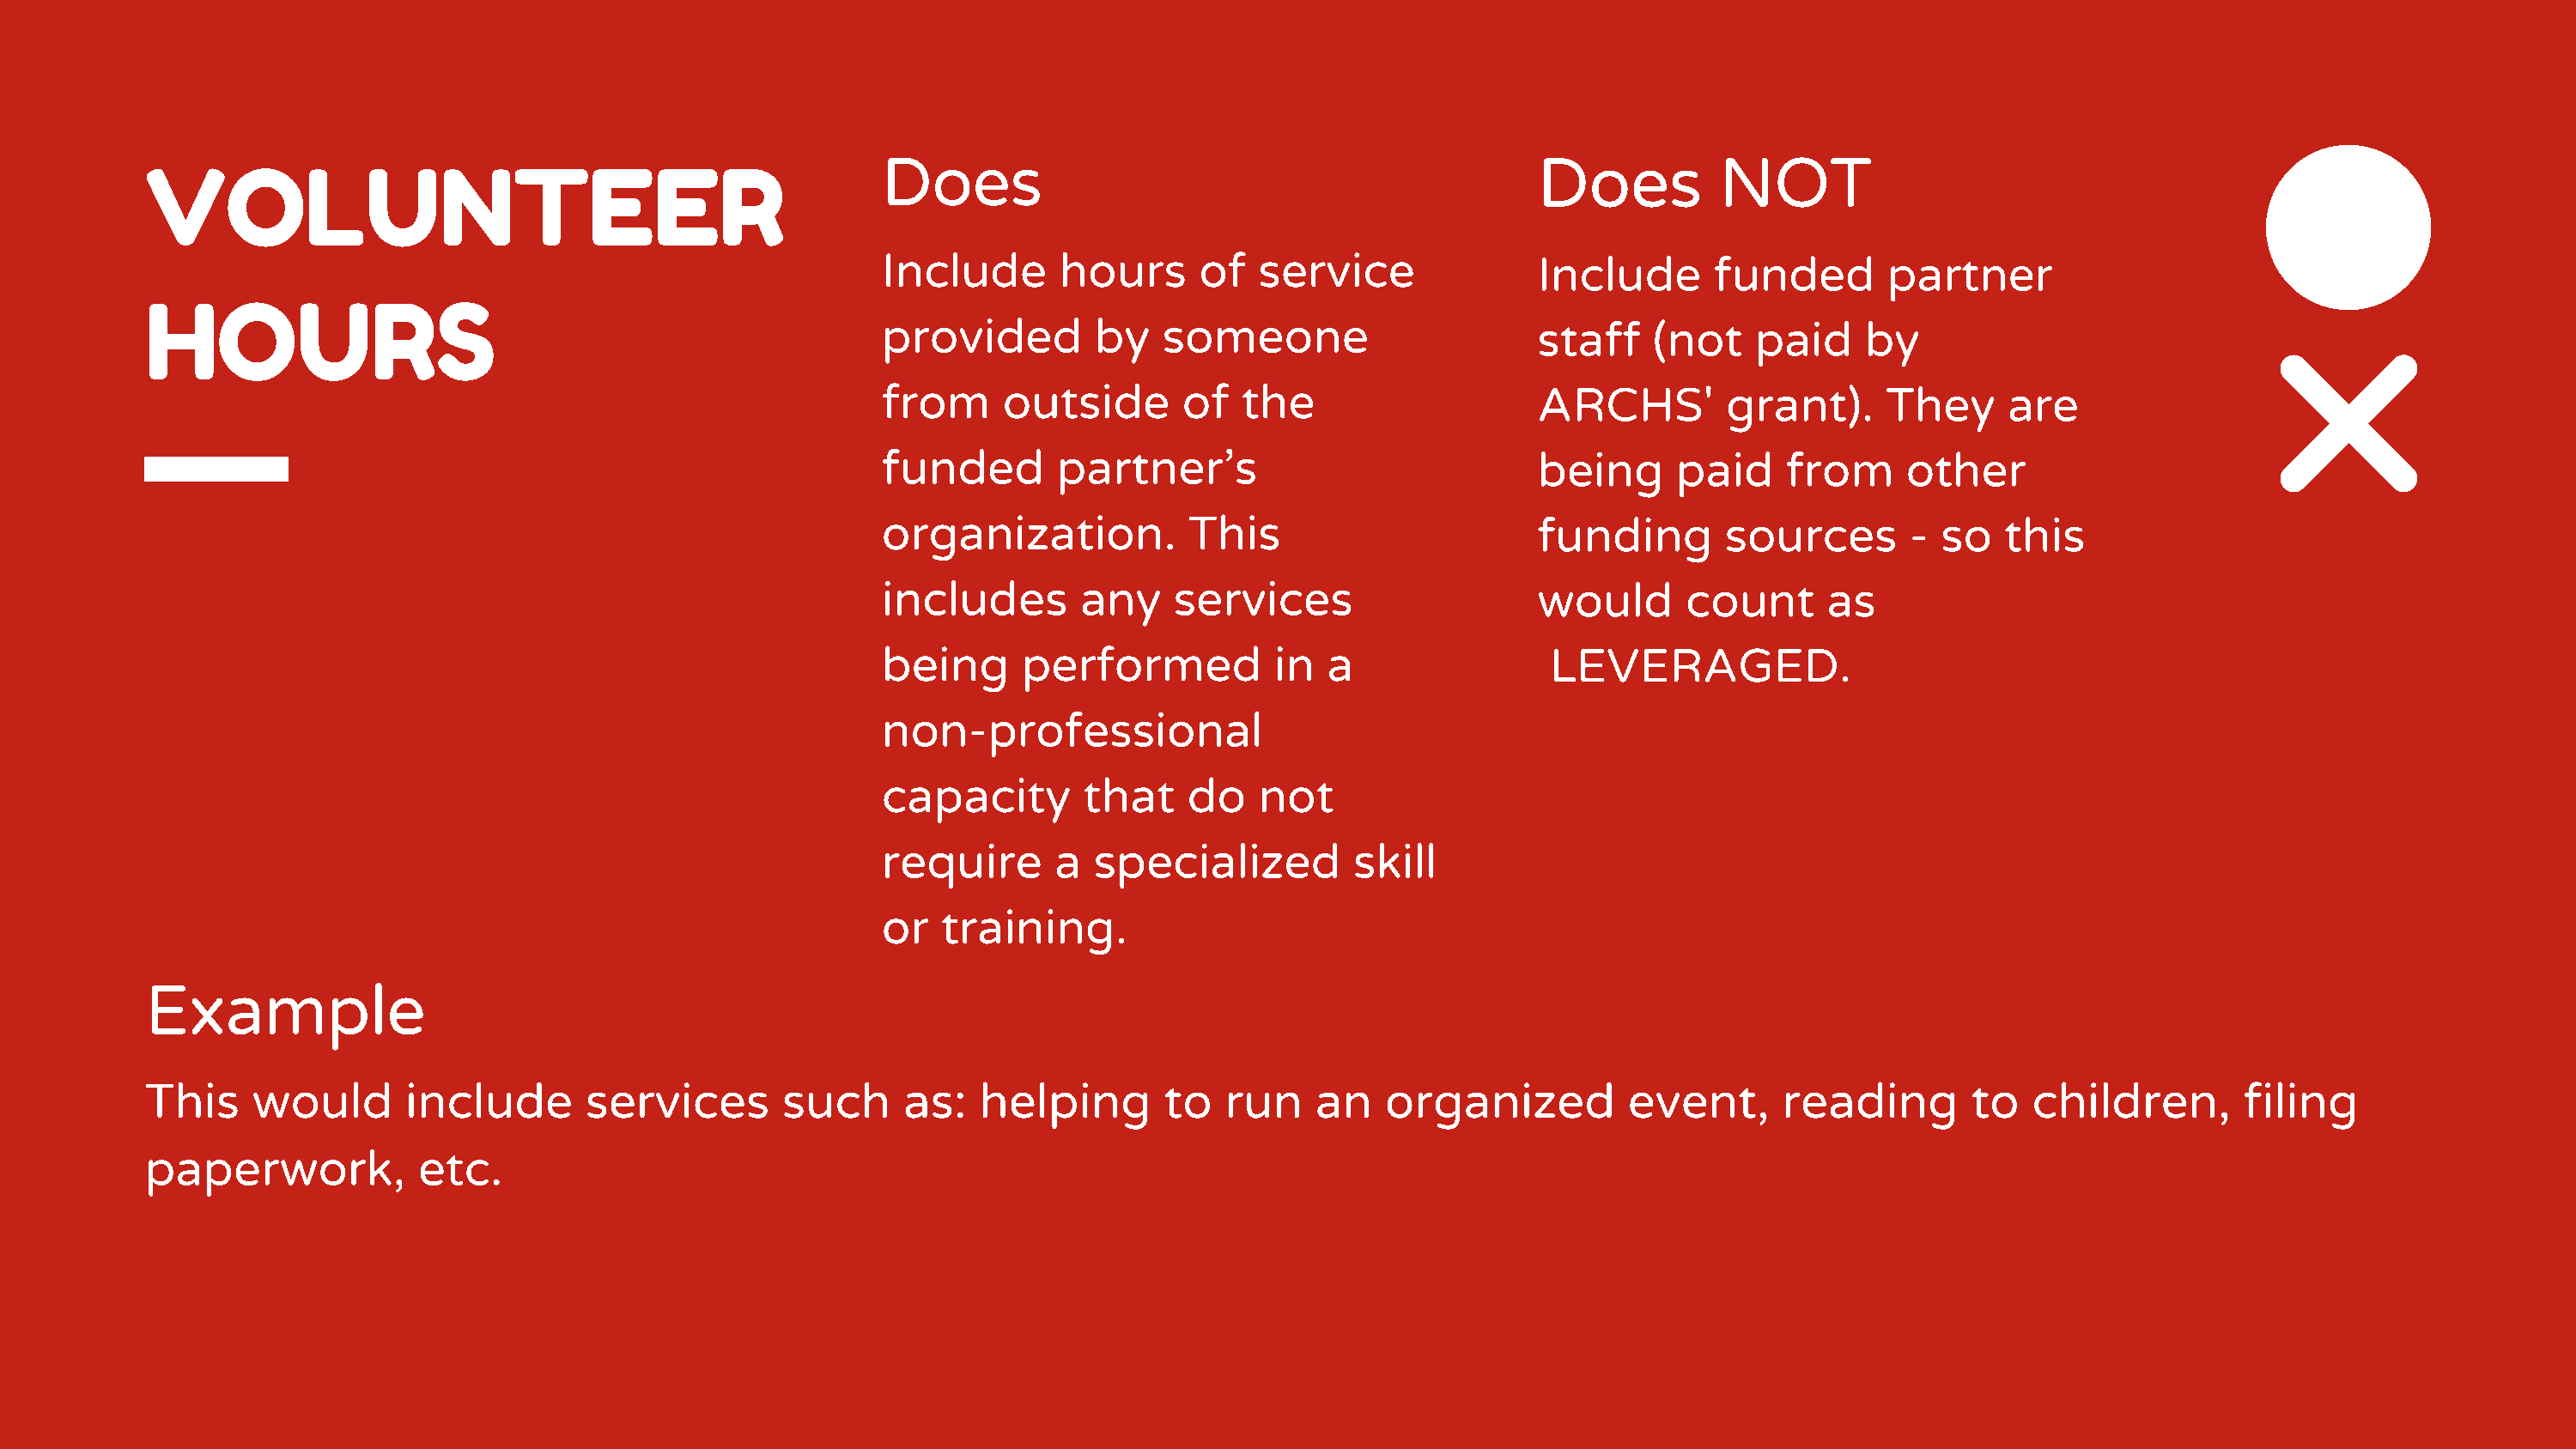
Does                                               Does          NOT
 VOLUNTEER
 Include       hours     of   service               Include      funded        partner
 HOURS
 provided        by    someone                      staff   (not    paid     by
 from     outside       of   the                    ARCHS'        grant).     They      are
 funded       partner’s                             being     paid     from     other
 organization.           This                       funding       sources       -  so   this
 includes       any    services                     would      count      as
 being      performed          in  a                LEVERAGED.
 non-professional
 capacity        that    do   not
 require      a  specialized         skill
 or   training.
 Example
 This    would       include       services       such      as:  helping        to  run    an    organized          event,     reading        to   children,       filing
 paperwork,           etc.